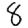
Digit: 8